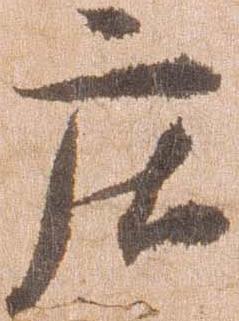
庄